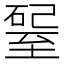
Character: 𥔊